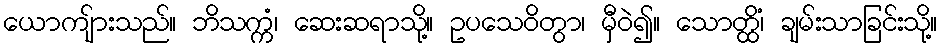
ယောကျ်ားသည်။ ဘိသက္ကံ၊ ဆေးဆရာသို့။ ဥပသေဝိတွာ၊ မှီဝဲ၍။ သောတ္ထိံ၊ ချမ်းသာခြင်းသို့။